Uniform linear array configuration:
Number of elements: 48
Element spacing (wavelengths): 0.75
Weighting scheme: binomial
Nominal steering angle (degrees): -60
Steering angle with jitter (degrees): -61.427
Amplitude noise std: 0.05
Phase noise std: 0.05

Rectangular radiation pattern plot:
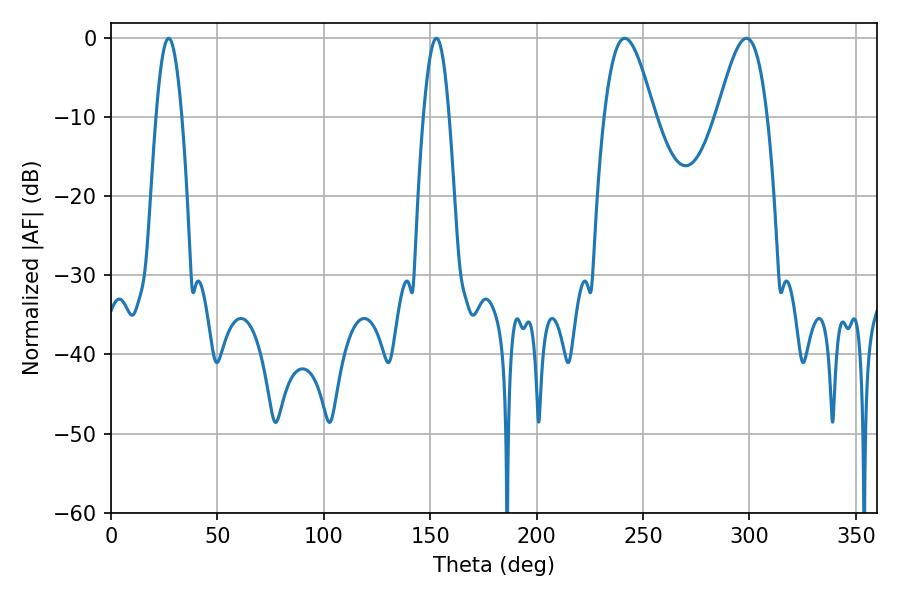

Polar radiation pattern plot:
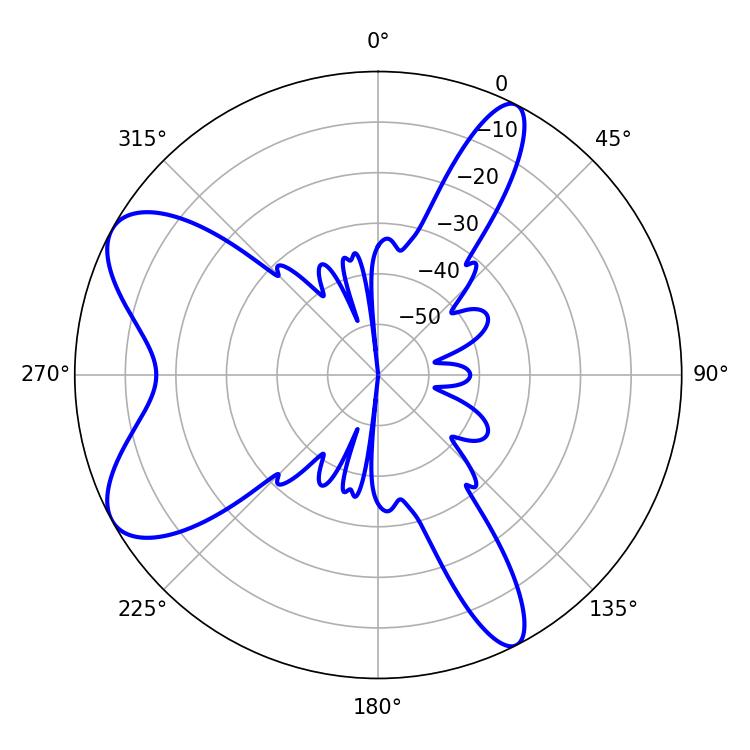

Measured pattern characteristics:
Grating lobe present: TRUE
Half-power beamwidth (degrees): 12.6
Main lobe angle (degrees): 298.62